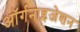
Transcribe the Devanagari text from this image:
अॉर्गनाइजेशन